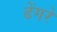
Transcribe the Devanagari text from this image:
ढेंगरे